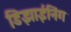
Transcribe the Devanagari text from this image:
डिझाईनिंग